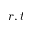
r , t